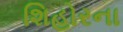
શિહોરના